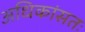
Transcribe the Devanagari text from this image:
अधिकांसतः